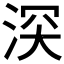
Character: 𣵫